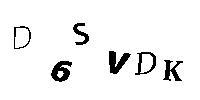
D6SVDK